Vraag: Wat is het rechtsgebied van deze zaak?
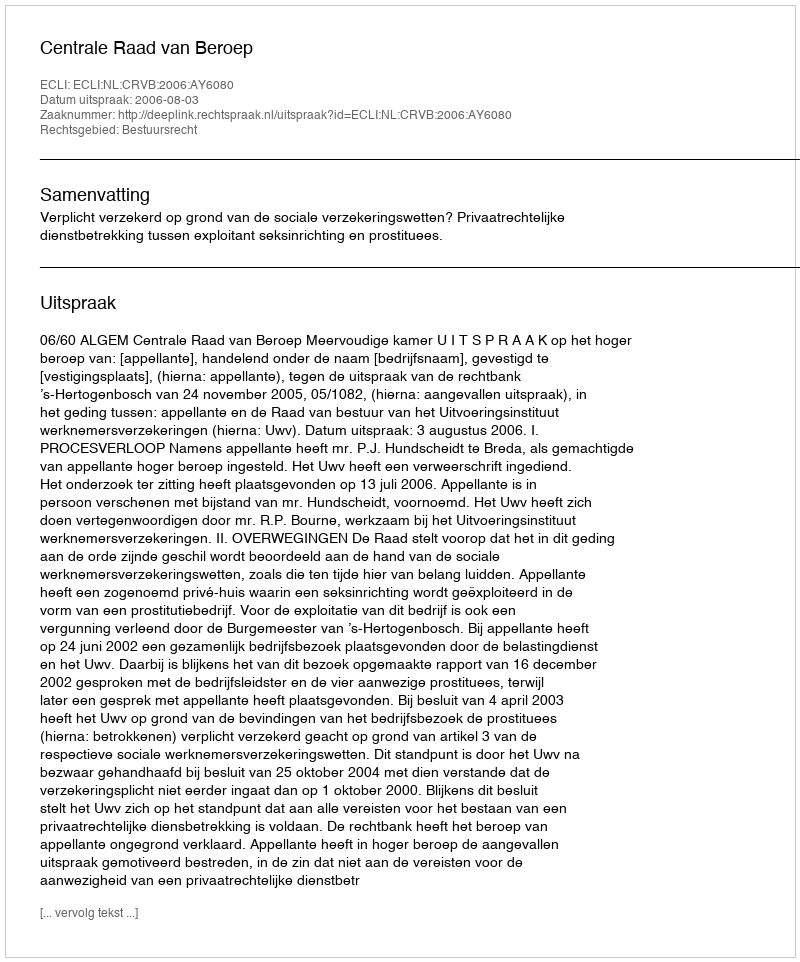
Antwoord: Bestuursrecht